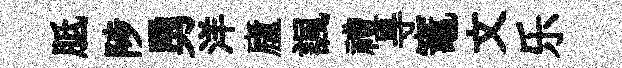
胝陟勇洋廬諷禮㝵竈文乐